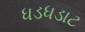
ધડધડાટ